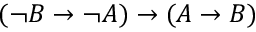
( \neg B \to \neg A ) \to ( A \to B )